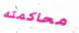
محاكمته